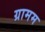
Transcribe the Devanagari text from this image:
ग्रामम